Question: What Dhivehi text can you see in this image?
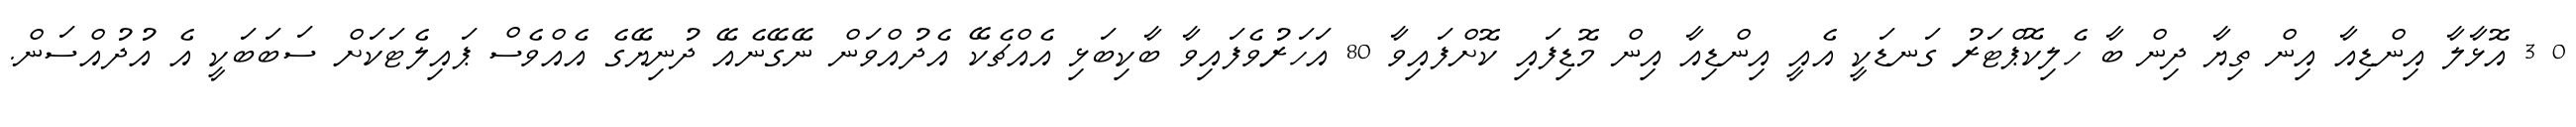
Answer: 0 3 އޮޅާލާ އިންޑިއާ އިން ތިޔާ ދިން ބާ ހެލިކޮޕްޓަރު ގަނޑަކީ އެއީ އިންޑިއާ އިން މޮޑިފައި ކޮށްފައިވާ 80 އަހަރުވެފައިވާ ބާކިބަޅި އެއްޗެކޭ އެދުއްވަން ނޭގޭނެއޭ ދުނިޔޭގެ އެއްވެސް ޕައިލެޓަކަށް ސަބަބަކީ އެ އުދުއްސަން.